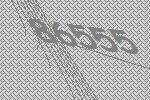
86555